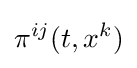
\pi ^{ij}(t,x^{k})